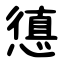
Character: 憄